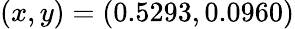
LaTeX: (x,y)=(0.5293,0.0960)